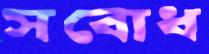
সবোধ